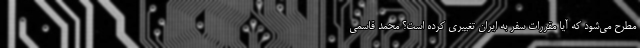
مطرح می‌شود که آیا مقررات سفر به ایران تغییری کرده است؟ محمد قاسمی